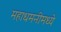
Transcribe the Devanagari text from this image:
महाधमनीमध्ये